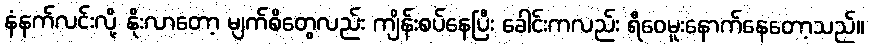
နံနက်လင်းလို့ နိုးလာတော့ မျက်စိတွေလည်း ကျိန်းစပ်နေပြီး ခေါင်းကလည်း ရီဝေမူးနောက်နေတော့သည်။